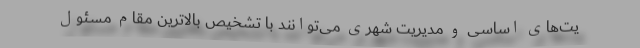
یت‌های اساسی و مدیریت شهری می‌توانند با تشخیص بالاترین مقام مسئول